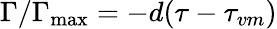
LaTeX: \Gamma/\Gamma_{\mathrm{max}}=-d(\tau-\tau_{vm})